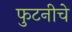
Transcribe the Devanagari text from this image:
फुटनीचे